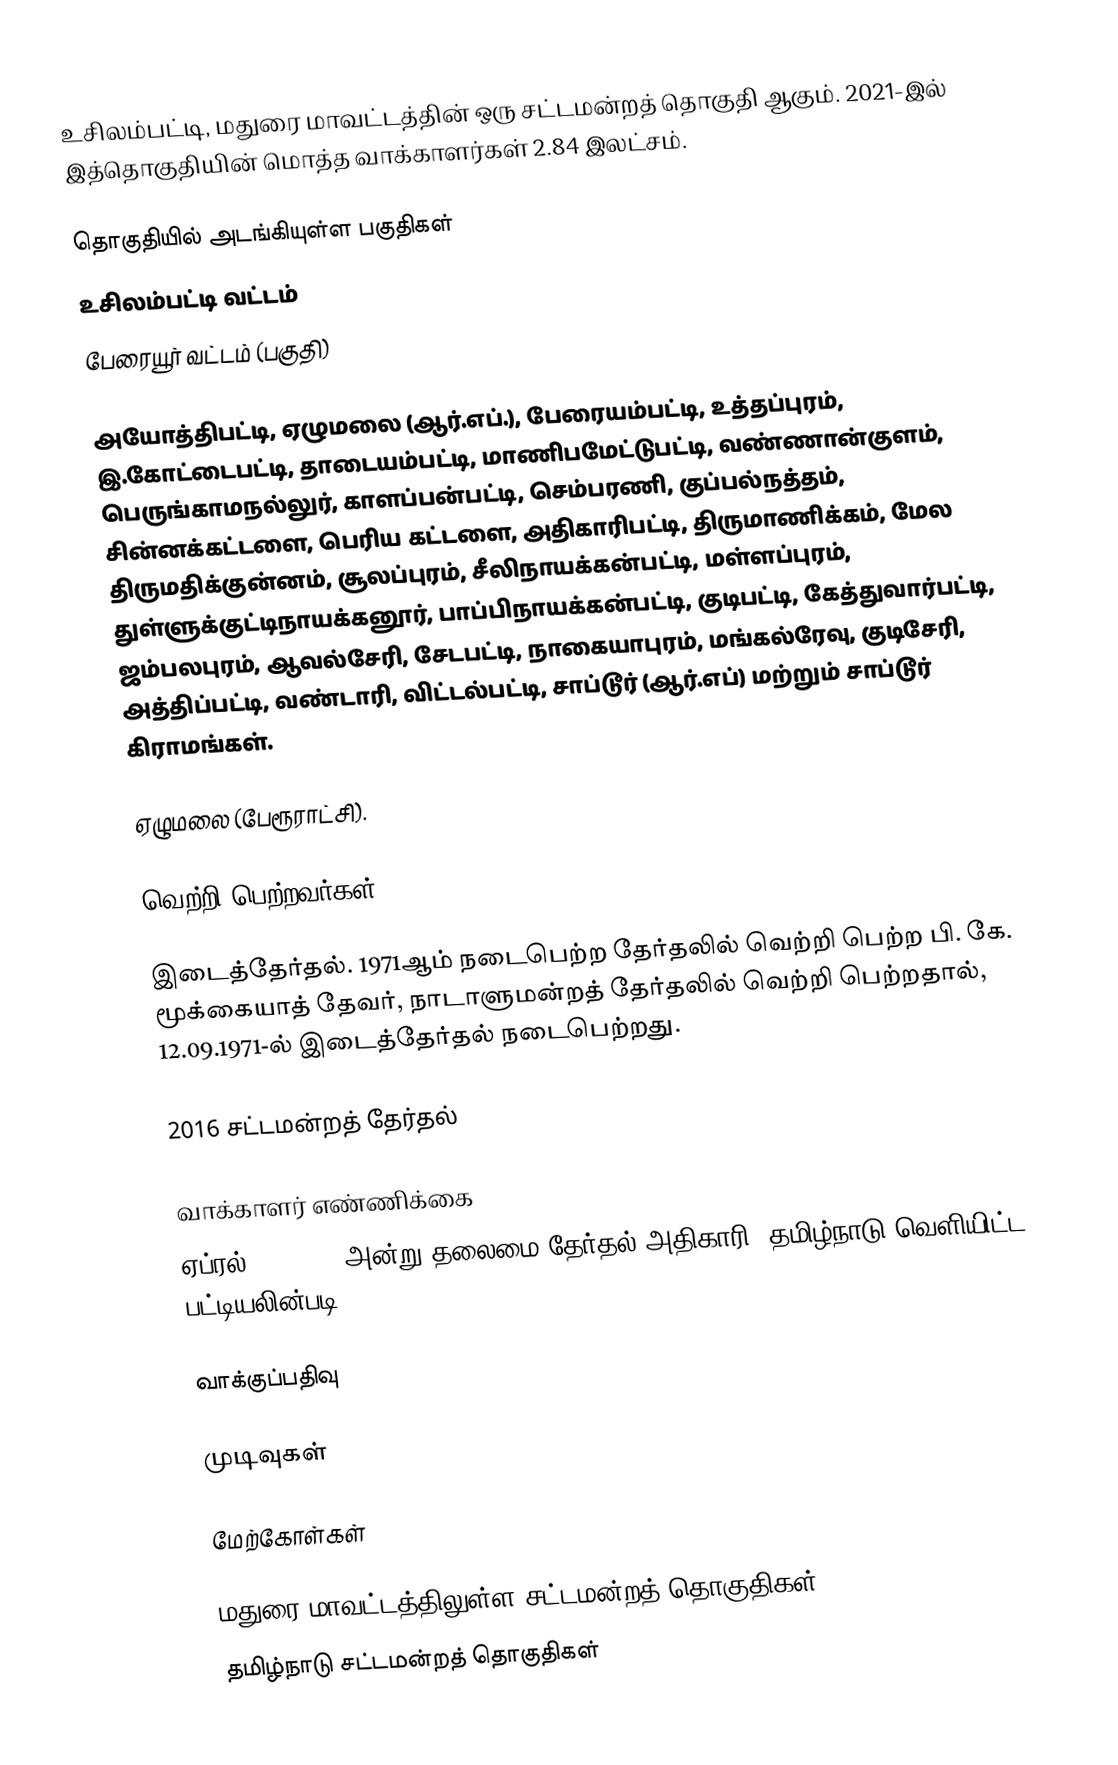
உசிலம்பட்டி, மதுரை மாவட்டத்தின் ஒரு சட்டமன்றத் தொகுதி ஆகும். 2021-இல் இத்தொகுதியின் மொத்த வாக்காளர்கள் 2.84 இலட்சம்.

தொகுதியில் அடங்கியுள்ள பகுதிகள்
 உசிலம்பட்டி வட்டம்
 பேரையூர் வட்டம் (பகுதி)

அயோத்திபட்டி, ஏழுமலை (ஆர்.எப்.), பேரையம்பட்டி, உத்தப்புரம், இ.கோட்டைபட்டி, தாடையம்பட்டி, மாணிபமேட்டுபட்டி, வண்ணான்குளம், பெருங்காமநல்லுர், காளப்பன்பட்டி, செம்பரணி, குப்பல்நத்தம், சின்னக்கட்டளை, பெரிய கட்டளை, அதிகாரிபட்டி, திருமாணிக்கம், மேல திருமதிக்குன்னம், சூலப்புரம், சீலிநாயக்கன்பட்டி, மள்ளப்புரம், துள்ளுக்குட்டிநாயக்கனூர், பாப்பிநாயக்கன்பட்டி, குடிபட்டி, கேத்துவார்பட்டி, ஜம்பலபுரம், ஆவல்சேரி, சேடபட்டி, நாகையாபுரம், மங்கல்ரேவு, குடிசேரி, அத்திப்பட்டி, வண்டாரி, விட்டல்பட்டி, சாப்டூர் (ஆர்.எப்) மற்றும் சாப்டூர் கிராமங்கள்.

ஏழுமலை (பேரூராட்சி).

வெற்றி பெற்றவர்கள்

 இடைத்தேர்தல். 1971ஆம் நடைபெற்ற தேர்தலில் வெற்றி பெற்ற பி. கே. மூக்கையாத் தேவர், நாடாளுமன்றத் தேர்தலில் வெற்றி பெற்றதால், 12.09.1971-ல் இடைத்தேர்தல் நடைபெற்றது.

2016 சட்டமன்றத் தேர்தல்

வாக்காளர் எண்ணிக்கை
ஏப்ரல் 29, 2016 அன்று தலைமை தேர்தல் அதிகாரி, தமிழ்நாடு வெளியிட்ட பட்டியலின்படி,

வாக்குப்பதிவு

முடிவுகள்

மேற்கோள்கள்

மதுரை மாவட்டத்திலுள்ள சட்டமன்றத் தொகுதிகள்
தமிழ்நாடு சட்டமன்றத் தொகுதிகள்